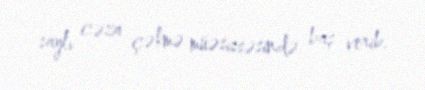
saylı cəza çəkmə müəsissəsində baş verib.